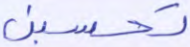
تحسبن